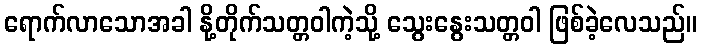
ရောက်လာသောအခါ နို့တိုက်သတ္တဝါကဲ့သို့ သွေးနွေးသတ္တဝါ ဖြစ်ခဲ့လေသည်။